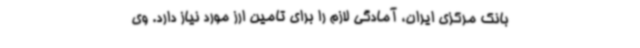
بانک مرکزی ایران، آمادگی لازم را برای تامین ارز مورد نیاز دارد. وی